[Report on the health of British troops in the Madras command]
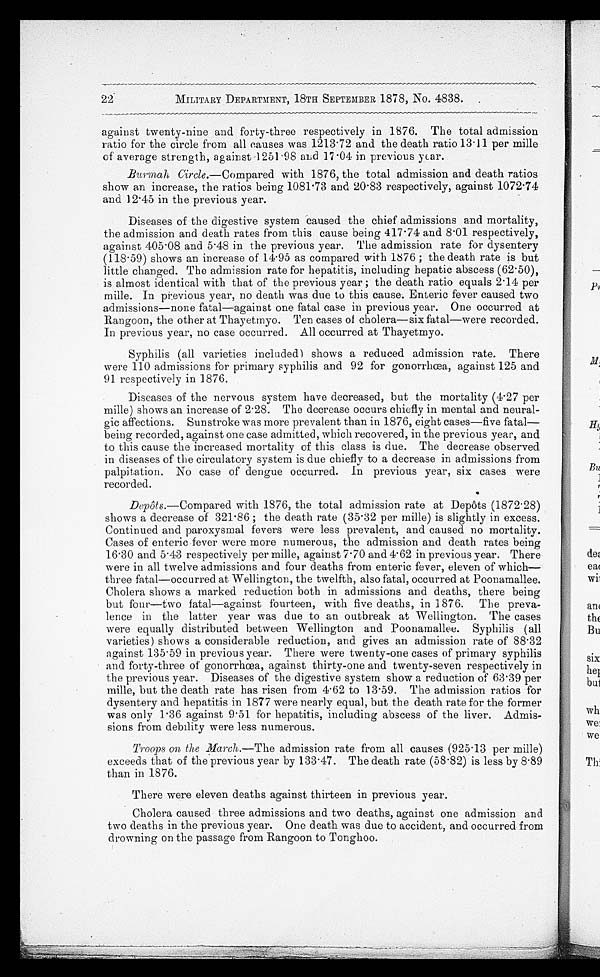
22
MILITARY DEPARTMENT, 18TH SEPTEMBER 1878, No. 4838.
against twenty-nine and forty-three respectively in 1876. The total admission
ratio for the circle from all causes was 1213.72 and the death ratio 13.11 per mille
of average strength, against 1251.98 aid 17.04 in previous year.
Burmah Circle.—Compared with 1876, the total admission and death ratios
show an increase, the ratios being 1081.73 and 20.83 respectively, against 1072.74
and 12.45 in the previous year.
Diseases of the digestive system caused the chief admissions and mortality,
the admission and death rates from this cause being 417.74 and 8.01 respectively,
against 405.08 and 5.48 in the previous year. The admission rate for dysentery
(118.59) shows an increase of 14.95 as compared with 1876 ; the death rate is but
little changed. The admission rate for hepatitis, including hepatic abscess (62.50),
is almost identical with that of the previous year ; the death ratio equals 2.14 per
mille. In previous year, no death was due to this cause. Enteric fever caused two
admissions—none fatal—against one fatal case in previous year. One occurred at
Rangoon, the other at Thayetmyo. Ten cases of cholera—six fatal—were recorded.
In previous year, no case occurred. All occurred at Thayetmyo.
Syphilis (all varieties included) shows a reduced admission rate. There
were 110 admissions for primary syphilis and 92 for gonorrhœa, against 125 and
91 respectively in 1876.
Diseases of the nervous system have decreased, but the mortality (4.27 per
mille) shows an increase of 2.28. The decrease occurs chiefly in mental and neural
-gic affections. Sunstroke was more prevalent than in 1876, eight cases—five fatal
—being recorded, against one case admitted, which recovered, in the previous year, and
to this cause the increased mortality of this class is due. The decrease observed
in diseases of the circulatory system is due chiefly to a decrease in admissions from
palpitation. No case of dengue occurred. In previous year, six cases were
recorded.
Depôts.—Compared with 1876, the total admission rate at Depôts (1872.28)
shows a decrease of 321.86 ; the death rate (35.32 per mille) is slightly in excess.
Continued and paroxysmal fevers were less prevalent, and caused no mortality.
Cases of enteric fever were more numerous, the admission and death rates being
16.30 and 5.43 respectively per mille, against 7.70 and 4.62 in previous year. There
were in all twelve admissions and four deaths from enteric fever, eleven of which
—three fatal—occurred at Wellington, the twelfth, also fatal, occurred at Poonamallee.
Cholera shows a marked reduction both in admissions and deaths, there being
but four—two fatal—against fourteen, with five deaths, in 1876. The preva--
lence in the latter year was due to an outbreak at Wellington. The cases
were equally distributed between Wellington and Poonamallee. Syphilis (all
varieties) shows a considerable reduction, and gives an admission rate of 88.32
against 135.59 in previous year. There were twenty-one cases of primary syphilis
and forty-three of gonorrhœa, against thirty-one and twenty-seven respectively in
the previous year. Diseases of the digestive system show a reduction of 63.39 per
mille, but the death rate has risen from 4.62 to 13.59. The admission ratios for
dysentery and hepatitis in 1877 were nearly equal, but the death rate for the former
was only 1.36 against 9.51 for hepatitis, including abscess of the liver. Admis--
sions from debility were less numerous.
Troops on the March.—The admission rate from all causes (925.13 per mille)
exceeds that of the previous year by 133 . 47. The death rate (58.82) is less by 8.89
than in 1876.
There were eleven deaths against thirteen in previous year.
Cholera caused three admissions and two deaths, against one admission and
two deaths in the previous year. One death was due to accident, and occurred from
drowning on the passage from Rangoon to Tonghoo.